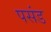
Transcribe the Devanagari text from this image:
पसंड